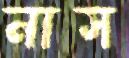
নাস